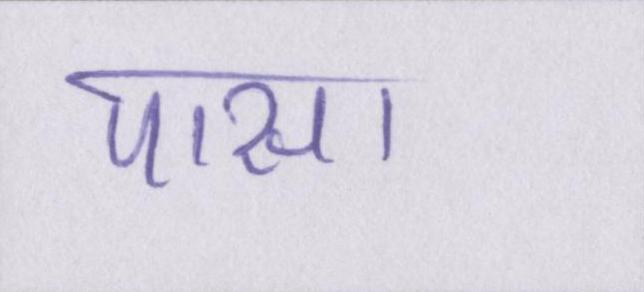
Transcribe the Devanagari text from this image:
पास।